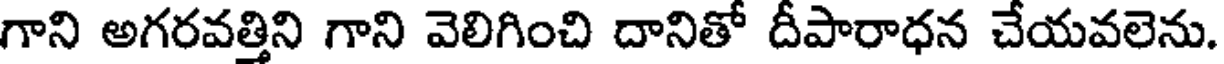
గాని అగరవత్తిని గాని వెలిగించి దానితో దీపారాధన చేయవలెను.